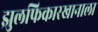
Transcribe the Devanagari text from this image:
झुलफिकारखानाला